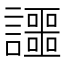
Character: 讍